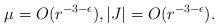
LaTeX: \begin{align*}\mu = O(r^{-3-\epsilon}), |J| = O(r^{-3-\epsilon}).\end{align*}